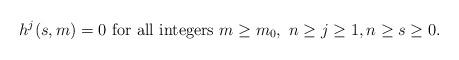
LaTeX: \begin{align*}\text{$ h^j(s,m)=0$ for all integers $m\geq m_0, \ n\geq j\geq 1, n\geq s \geq 0 $.} \end{align*}